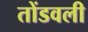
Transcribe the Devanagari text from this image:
तोंडवली